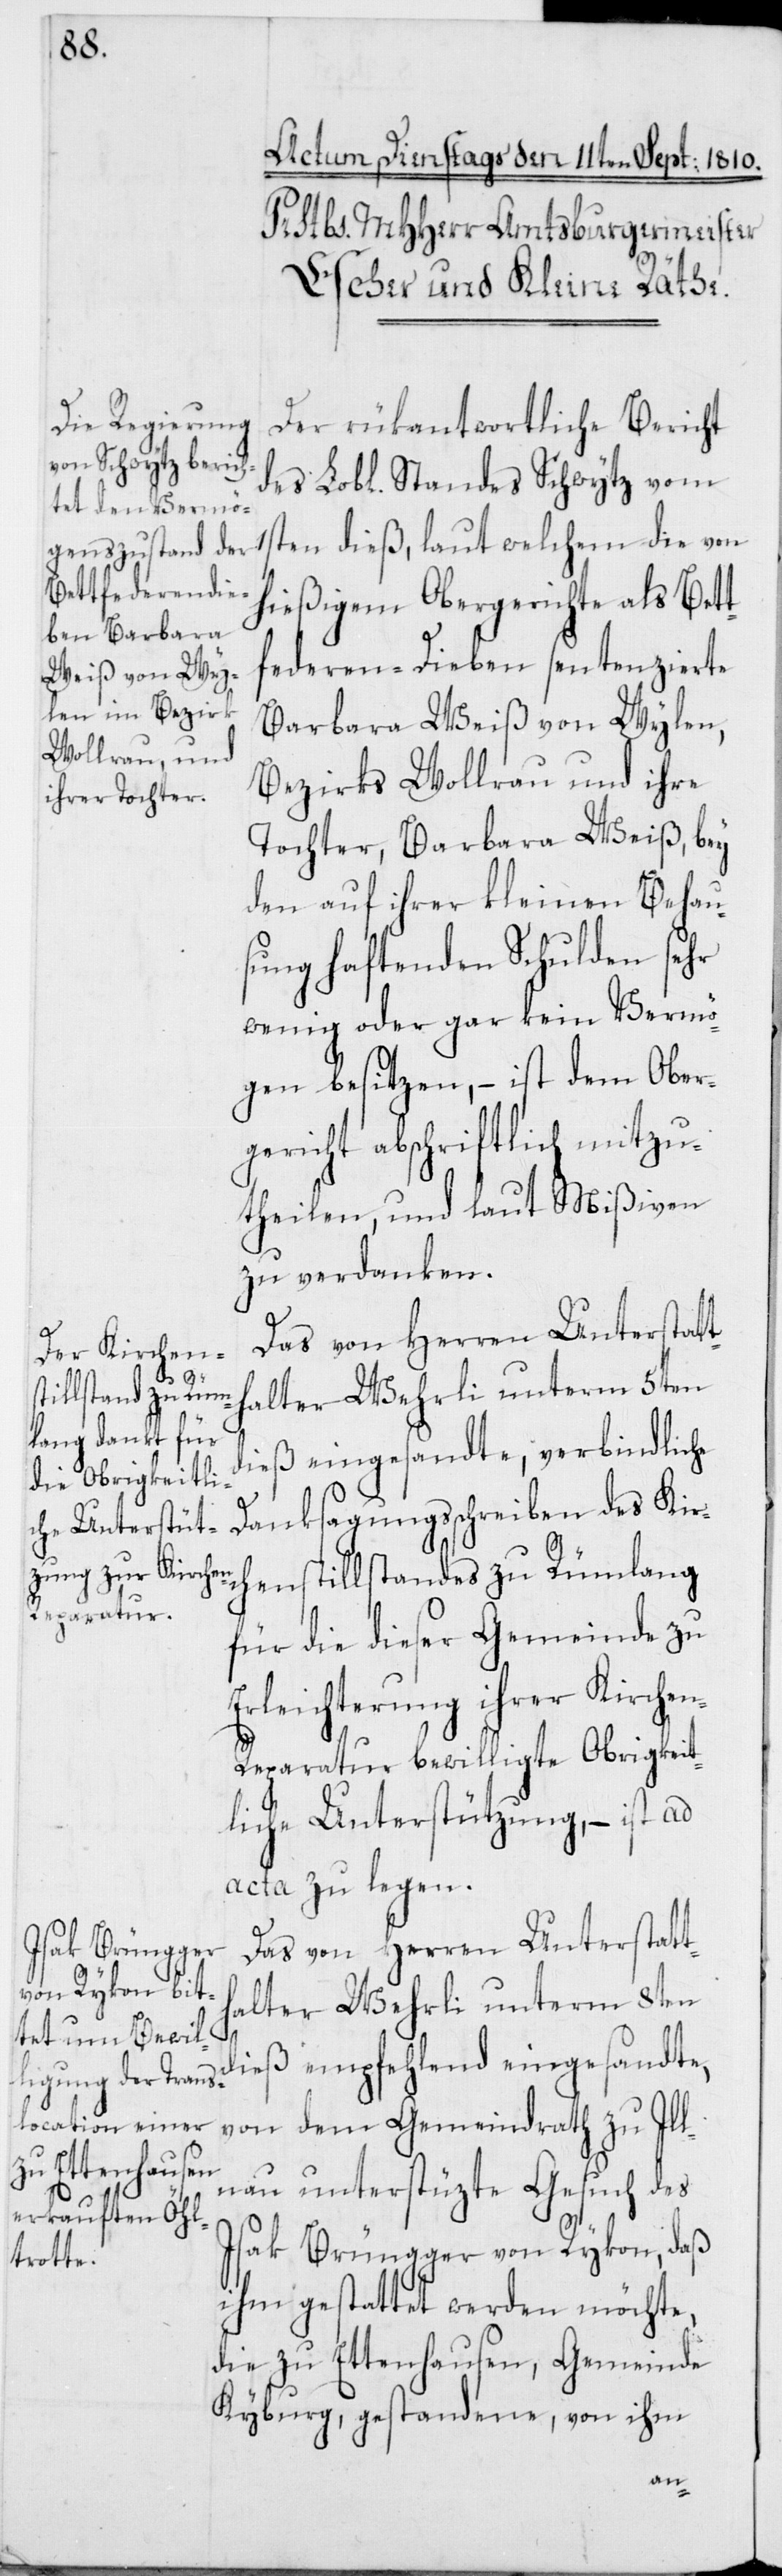
Der rükantwortliche Bericht
des Lobl. Standes Schwytz vom
1sten dieß, laut welchem die von
hießigem Obergerichte als Bett¬
federen-Dieben sentenzierte
Barbara Weiß von Wylen,
Bezirks Wollerau und ihre
Tochter, Barbara Weiß, bey
den auf ihrer kleinen Behau¬
sung haftenden Schulden sehr
wenig oder gar kein Vermö¬
gen besitzen, – ist dem Ober¬
gericht abschriftlich mitzu¬
theilen, und laut Mißiven
zu verdanken.
Das von Herren Unterstatt¬
halter Wehrli unterm 8ten
dieß eingesandte, verbindliche
Danksagungsschreiben des Kirc¬
henstillstandes zu Rümlang
für die dieser Gemeinde zu
Erleichterung ihrer Kirche¬
n-Reparatur bewilligte Obrigkeit¬
liche Unterstützung, – ist ad
acta zu legen.
Das von Herren Unterstatt¬
dieß empfehlend eingesandte,
von dem Gemeindrath zu Il¬
lnau unterstüzte Gesuch des
Isak Brüngger von Rykon, daß
ihm gestattet werden möchte,
die zu Ettenhausen, Gemeinde
Kyburg, gestandene, von ihm